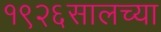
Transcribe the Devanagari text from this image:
१९२६सालच्या